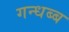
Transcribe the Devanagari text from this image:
गन्धब्ब